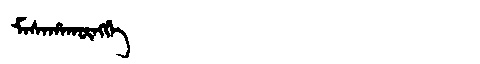
Manchu: ᠮᠠᠰᠠᡥᠠᡴᡡᠩᡤᡝ
Romanization: MASAHAKŪNGGE